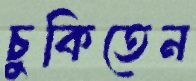
চুকিতেন